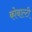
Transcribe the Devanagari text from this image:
कोबाल्टी